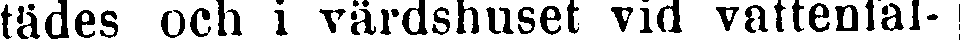
tädes och i värdshuset vid vattenfal-